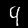
Label: 4